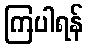
ကြပါရန်